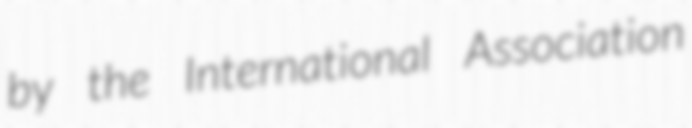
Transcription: by the International Association